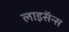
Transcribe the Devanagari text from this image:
लाइसॅन्स